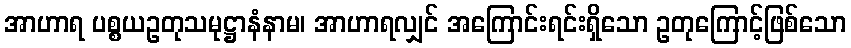
အာဟာရ ပစ္စယဥတုသမုဋ္ဌာနံနာမ၊ အာဟာရလျှင် အကြောင်းရင်းရှိသော ဥတုကြောင့်ဖြစ်သော